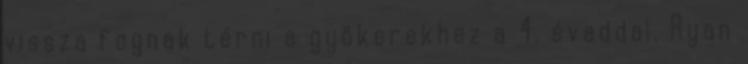
vissza fognak térni a gyökerekhez a 4. évaddal. Ryan